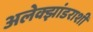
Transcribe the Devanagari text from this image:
अलेक्झांडराशी